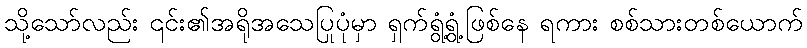
သို့သော်လည်း ၎င်း၏အရိုအသေပြုပုံမှာ ရှက်ရွံ့ရွံ့ဖြစ်နေ ရကား စစ်သားတစ်ယောက်